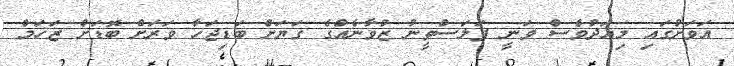
އަވަށުގައި މިއަދުވެސް ވަނީ ފަލަސްތީނު ޒުވާނެއްގެ ގަޔަށް ބަޑިޖަހާ ވަރަށް ބޮޑަށް ޒަޚަމް